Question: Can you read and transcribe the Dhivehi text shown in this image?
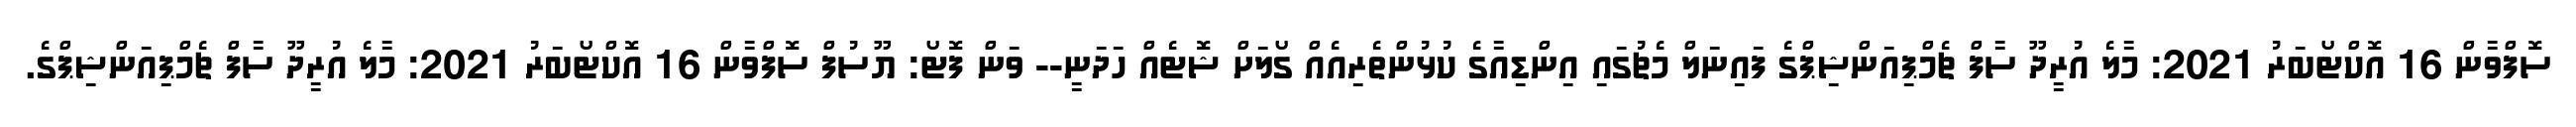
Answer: ސޮފްވާން 16 އޮކްޓޯބަރު 2021: މާލެ އުރީދޫ ސާފް ޗެމްޕިއަންޝިޕްގެ ފައިނަލް މެޗުގައި އިންޑިއާގެ ކުޅުންތެރިއެއް ގޯލަށް ޝޮޓެއް ހަދަނީ-- ވަން ފޮޓޯ: ޔޫސުފް ސޮފްވާން 16 އޮކްޓޯބަރު 2021: މާލެ އުރީދޫ ސާފް ޗެމްޕިއަންޝިޕްގެ.